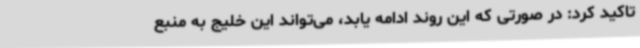
تاکید کرد: در صورتی که این روند ادامه یابد، می‌تواند این خلیج به منبع